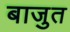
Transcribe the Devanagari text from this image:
बाजुत